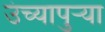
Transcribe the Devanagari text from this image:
उंच्यापुऱ्या